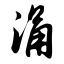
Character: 涌